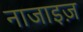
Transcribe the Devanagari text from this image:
नाजाइज़